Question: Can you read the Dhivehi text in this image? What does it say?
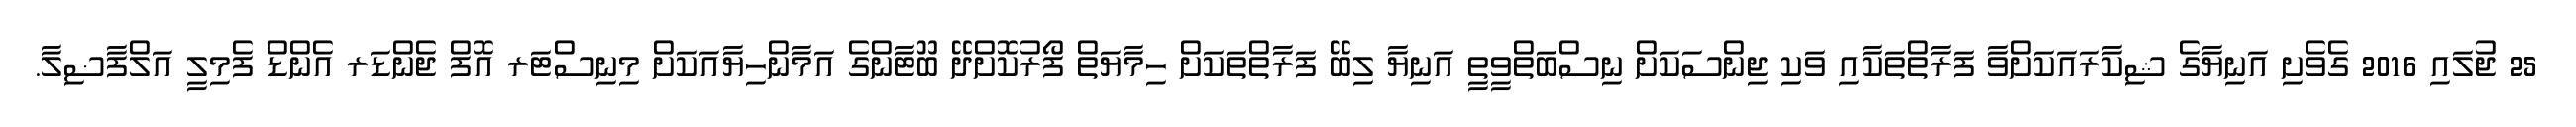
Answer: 25 ޖުލައި 2016 ގެވެށި އަނިޔާގެ ޝިކާރައަކަށްވާ ފަރާތްތަކާއި ވަކި ޖިންސަކަށް ނިސްބަތްވީތީ އަނިޔާ ލިބޭ ފަރާތްތަކަށް ހިމާޔަތް ފޯރުކޮށްދޭ ބޫޓާންގެ އަމާންހިޔާއަކަށް މިނިސްޓަރ އޮފް ޖެންޑަރ އެންޑް ފެމިލީ އަލްފާޟިލާ.